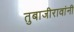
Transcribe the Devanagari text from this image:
तुबाजीरावांनी